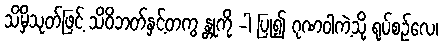
သိမှိသုတ်ဖြင့် သိဝိဘတ်နှင့်တကွ န္တုကို -ါ ပြု၍ ဂုဏဝါကဲ့သို့ ရုပ်စဉ်လေ၊